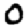
Digit: 0